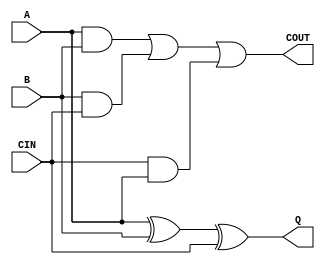
module fulladd(A, B, CIN, Q, COUT);
input A, B, CIN;
output Q, COUT;

assign Q = A ^ B ^ CIN;
assign COUT = (A & B) | (B & CIN) | (CIN & A);

endmodule

module adder(a, b, q);
input [3:0] a, b;
output [3:0] q;
wire [3:0] cout;

fulladd add0 (a[0], b[0], 1'b0, q[0], cout[0]);
fulladd add1 (a[1], b[1], cout[0], q[1], cout[1]);
fulladd add2 (a[2], b[2], cout[1], q[2], cout[2]);
fulladd add3 (a[3], b[3], cout[2], q[3], cout[3]);

endmodule

`timescale 1ps/1ps

module adder_tp;
reg [3:0] a,b;
wire [3:0] q;

parameter STEP = 100000;

adder adder(a,b,q);

initial begin
        a = 4'h0;   b = 4'h0;
    #STEP   a = 4'h5;   b = 4'ha;
    #STEP   a = 4'h7;   b = 4'ha;
    #STEP   a = 4'h1;   b = 4'hf;
    #STEP   a = 4'hf;   b = 4'hf;
    #STEP   $finish;
end

initial $monitor($stime, " a=%h b=%h q=%h", a, b, q);
endmodule